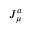
J _ { \mu } ^ { a }